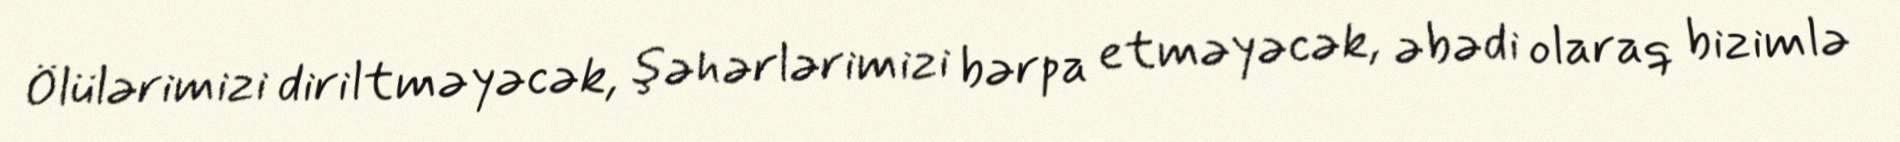
Ölülərimizi diriltməyəcək, şəhərlərimizi bərpa etməyəcək, əbədi olaraq bizimlə